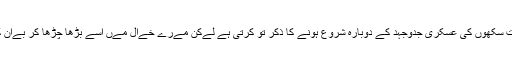
بھارتی حکومت سکھوں کی عسکری جدوجہد کے دوبارہ شروع ہونے کا ذکر تو کرتی ہے لےکن مےرے خےال مےں اسے بڑھا چڑھا کر بےان کےا جارہاہے۔